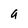
Character: a